画像に写った文字を読んでください
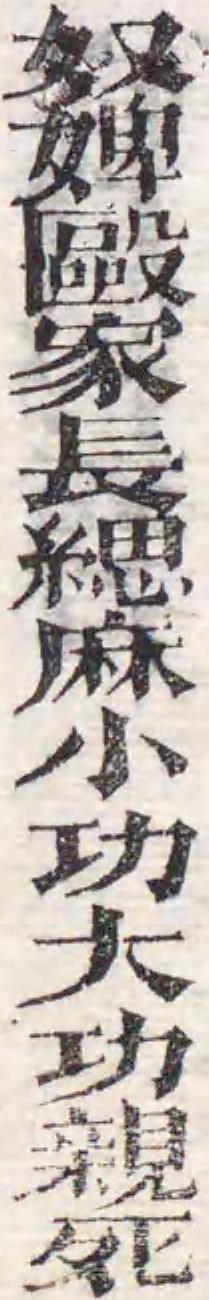
「奴婢毆家長緦麻小功大功親死」と書いてあります